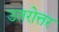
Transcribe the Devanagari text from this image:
उतरोत्तर